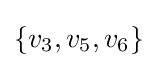
\{v_{3},v_{5},v_{6}\}